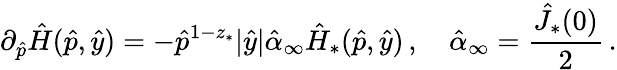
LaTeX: \partial_{\hat{p}}\hat{H}(\hat{p},\hat{y})=-\hat{p}^{1-z_{*}}|\hat{y}|\hat{\alpha}_{\infty}\hat{H}_{*}(\hat{p},\hat{y})\, ,\quad\hat{\alpha}_{\infty}=\frac{\hat{J}_{*}(0)}{2}\, .